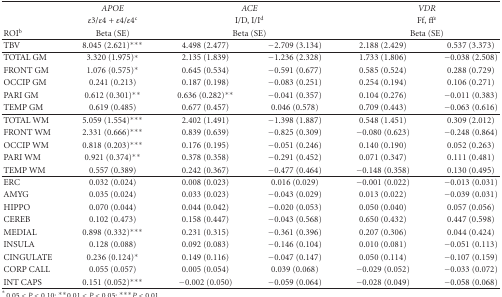
<table><thead><tr><td></td><td><b><i>APOE</i></b></td><td colspan="2"><b><i>ACE</i></b></td><td colspan="2"><b><i>VDR</i></b></td></tr><tr><td></td><td><b><i>ε</i>3/<i>ε</i>4 + <i>ε</i>4/<i>ε</i>4<sup>c</sup></b></td><td colspan="2"><b>I/D, I/I<sup>d</sup></b></td><td colspan="2"><b>Ff, ff<sup>e</sup></b></td></tr><tr><td><b>ROI<sup>b</sup></b></td><td><b>Beta (SE)</b></td><td colspan="2"><b>Beta (SE)</b></td><td colspan="2"><b>Beta (SE) </b></td></tr></thead><tbody><tr><td>TBV</td><td>8.045 (2.621)***</td><td>4.498 (2.477)</td><td><i>−</i>2.709 (3.134)</td><td>2.188 (2.429)</td><td>0.537 (3.373) </td></tr><tr><td>TOTAL GM</td><td>3.320 (1.975)*</td><td>2.135 (1.839)</td><td><i>−</i>1.236 (2.328)</td><td>1.733 (1.806)</td><td><i>−</i>0.038 (2.508)</td></tr><tr><td>FRONT GM</td><td>1.076 (0.575)*</td><td>0.645 (0.534)</td><td><i>−</i>0.591 (0.677)</td><td>0.585 (0.524)</td><td>0.288 (0.729)</td></tr><tr><td>OCCIP GM</td><td>0.241 (0.213)</td><td>0.187 (0.198)</td><td><i>−</i>0.083 (0.251)</td><td>0.254 (0.194)</td><td>0.106 (0.271)</td></tr><tr><td>PARI GM</td><td>0.612 (0.301)**</td><td>0.636 (0.282)**</td><td><i>−</i>0.041 (0.357)</td><td>0.104 (0.276)</td><td><i>−</i>0.011 (0.383)</td></tr><tr><td>TEMP GM</td><td>0.619 (0.485)</td><td>0.677 (0.457)</td><td>0.046 (0.578)</td><td>0.709 (0.443)</td><td><i>−</i>0.063 (0.616) </td></tr><tr><td>TOTAL WM</td><td>5.059 (1.554)***</td><td>2.402 (1.491)</td><td><i>−</i>1.398 (1.887)</td><td>0.548 (1.451)</td><td>0.309 (2.012)</td></tr><tr><td>FRONT WM</td><td>2.331 (0.666)***</td><td>0.839 (0.639)</td><td><i>−</i>0.825 (0.309)</td><td><i>−</i>0.080 (0.623)</td><td><i>−</i>0.248 (0.864)</td></tr><tr><td>OCCIP WM</td><td>0.818 (0.203)***</td><td>0.176 (0.195)</td><td><i>−</i>0.051 (0.246)</td><td>0.140 (0.190)</td><td>0.052 (0.263)</td></tr><tr><td>PARI WM</td><td>0.921 (0.374)**</td><td>0.378 (0.358)</td><td><i>−</i>0.291 (0.452)</td><td>0.071 (0.347)</td><td>0.111 (0.481)</td></tr><tr><td>TEMP WM</td><td>0.557 (0.389)</td><td>0.242 (0.367)</td><td><i>−</i>0.477 (0.464)</td><td><i>−</i>0.148 (0.358)</td><td>0.130 (0.495) </td></tr><tr><td>ERC</td><td>0.032 (0.024)</td><td>0.008 (0.023)</td><td>0.016 (0.029)</td><td><i>−</i>0.001 (0.022)</td><td><i>−</i>0.013 (0.031)</td></tr><tr><td>AMYG</td><td>0.035 (0.024)</td><td>0.033 (0.023)</td><td><i>−</i>0.043 (0.029)</td><td>0.013 (0.022)</td><td><i>−</i>0.039 (0.031)</td></tr><tr><td>HIPPO</td><td>0.070 (0.044)</td><td>0.044 (0.042)</td><td><i>−</i>0.020 (0.053)</td><td>0.050 (0.040)</td><td>0.057 (0.056)</td></tr><tr><td>CEREB</td><td>0.102 (0.473)</td><td>0.158 (0.447)</td><td><i>−</i>0.043 (0.568)</td><td>0.650 (0.432)</td><td>0.447 (0.598)</td></tr><tr><td>MEDIAL</td><td>0.898 (0.332)***</td><td>0.231 (0.315)</td><td><i>−</i>0.361 (0.396)</td><td>0.207 (0.306)</td><td>0.044 (0.424)</td></tr><tr><td>INSULA</td><td>0.128 (0.088)</td><td>0.092 (0.083)</td><td><i>−</i>0.146 (0.104)</td><td>0.010 (0.081)</td><td><i>−</i>0.051 (0.113)</td></tr><tr><td>CINGULATE</td><td>0.236 (0.124)*</td><td>0.149 (0.116)</td><td><i>−</i>0.047 (0.147)</td><td>0.050 (0.114)</td><td><i>−</i>0.107 (0.159)</td></tr><tr><td>CORP CALL</td><td>0.055 (0.057)</td><td>0.005 (0.054)</td><td>0.039 (0.068)</td><td><i>−</i>0.029 (0.052)</td><td><i>−</i>0.033 (0.072)</td></tr><tr><td>INT CAPS</td><td>0.151 (0.052)***</td><td>−0.002 (0.050)</td><td><i>−</i>0.059 (0.064)</td><td><i>−</i>0.028 (0.049)</td><td><i>−</i>0.058 (0.068)</td></tr></tbody></table>